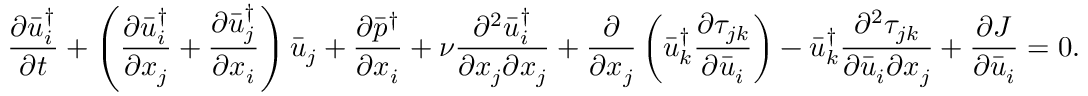
\frac { { \partial \bar { u } _ { i } ^ { \dag } } } { { \partial t } } + \left( { \frac { { \partial \bar { u } _ { i } ^ { \dag } } } { { \partial { x _ { j } } } } + \frac { { \partial \bar { u } _ { j } ^ { \dag } } } { { \partial { x _ { i } } } } } \right) { { \bar { u } } _ { j } } + \frac { { \partial { { \bar { p } } ^ { \dag } } } } { { \partial { x _ { i } } } } + \nu \frac { { { \partial ^ { 2 } } \bar { u } _ { i } ^ { \dag } } } { { \partial { x _ { j } } \partial { x _ { j } } } } + \frac { \partial } { { \partial { x _ { j } } } } \left( { \bar { u } _ { k } ^ { \dag } \frac { { \partial { \tau _ { j k } } } } { { \partial { { \bar { u } } _ { i } } } } } \right) - \bar { u } _ { k } ^ { \dag } \frac { { { \partial ^ { 2 } } { \tau _ { j k } } } } { { \partial { { \bar { u } } _ { i } } \partial { x _ { j } } } } + \frac { { \partial J } } { { \partial { { \bar { u } } _ { i } } } } = 0 .